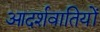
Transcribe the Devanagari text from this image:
आदर्शवातियों